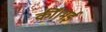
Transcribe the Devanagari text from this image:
कीं।मई